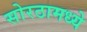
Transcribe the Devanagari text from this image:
सोरठामध्ये